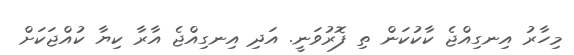
މިހާރު އިނގިއްޖެ ކާކުކަން ތި ފޮރުވަނީ. އަދި އިނގިއްޖެ އާރާ ކިޔާ ކުއްޖަކަށް